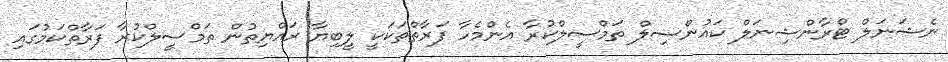
ނެޝަނަލް ޓްރާންޝިނަލް ކައުންސިލް ތަމްސީލްކުރާ އެންމެހާ ފަރާތްތަކަކީ ލީބިޔާ ރައްޔިތުން ތަމްސީލްކުރާ ފަރާތްކަމުގައި